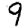
Digit: 9